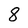
Character: 8